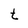
Character: t